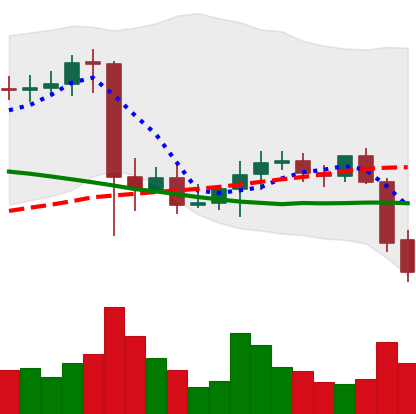
Ticker: XMR-USD
Chart end date: 2021-09-21
Forward return: 7.549%
Label: up_7plus